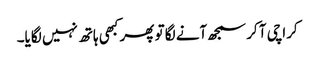
کراچی آ کر سمجھ آنے لگا تو پھر کبھی ہاتھ نہیں لگایا۔